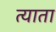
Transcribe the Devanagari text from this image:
त्याता